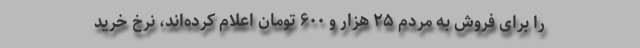
را برای فروش به مردم ۲۵ هزار و ۶۰۰ تومان اعلام کرده‌اند، نرخ خرید